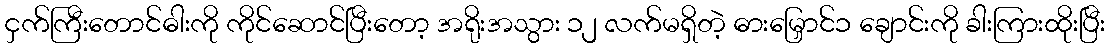
ငှက်ကြီးတောင်ဓါးကို ကိုင်ဆောင်ပြီးတော့ အရိုးအသွား ၁၂ လက်မရှိတဲ့ ဓားမြှောင်၁ ချောင်းကို ခါးကြားထိုးပြီး